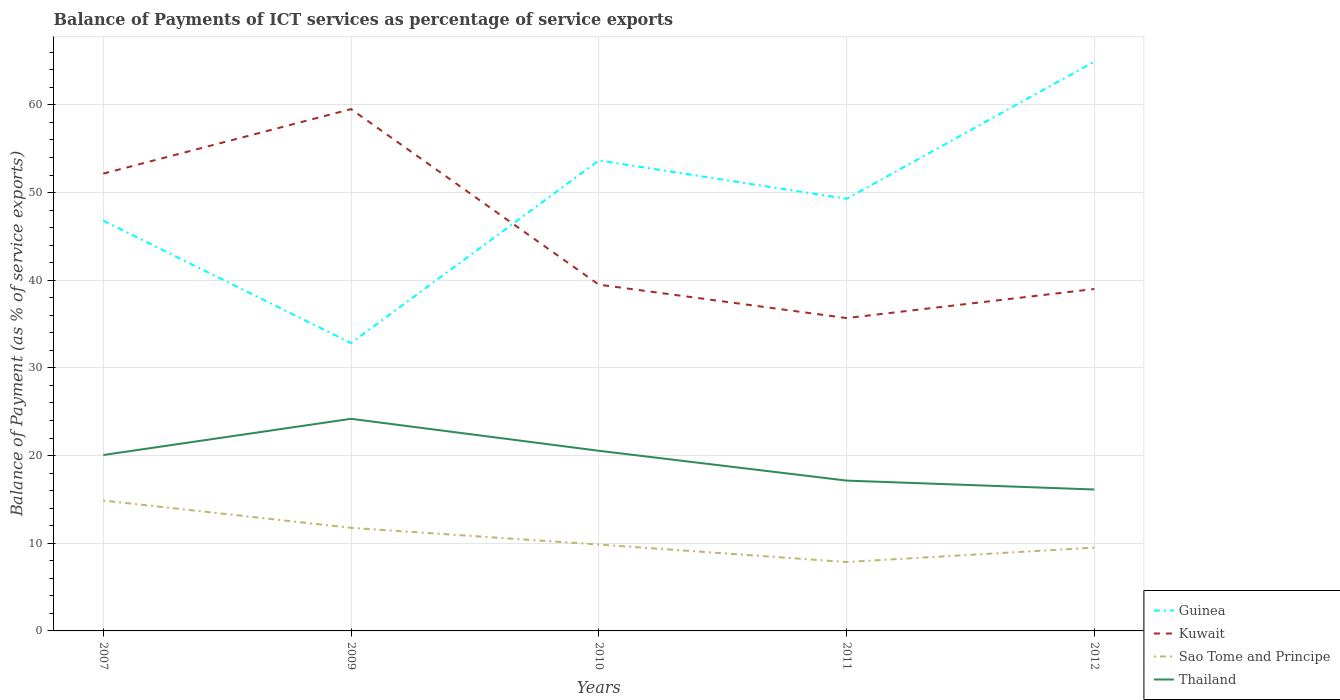
| Years | Guinea | Kuwait | Sao Tome and Principe | Thailand |
 | --- | --- | --- | --- | --- |
 | 2007 | 46.8 | 52.2 | 14.9 | 20.1 |
 | 2009 | 32.8 | 59.5 | 11.8 | 24.2 |
 | 2010 | 53.7 | 39.5 | 9.85 | 20.5 |
 | 2011 | 49.3 | 35.7 | 7.86 | 17.1 |
 | 2012 | 64.9 | 39 | 9.5 | 16.1 |